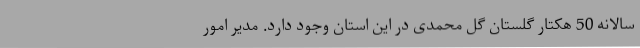
سالانه 50 هکتار گلستان گل محمدی در این استان وجود دارد. مدیر امور